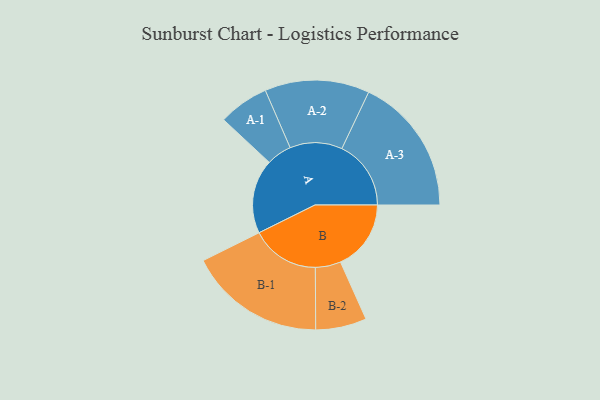
{"axis": {"x": "Segment", "y": "Value"}, "legend": ["", "A", "B"], "data": [{"x": "A", "y": 318, "type": ""}, {"x": "B", "y": 302, "type": ""}, {"x": "A-1", "y": 108, "type": "A"}, {"x": "A-2", "y": 224, "type": "A"}, {"x": "A-3", "y": 296, "type": "A"}, {"x": "B-1", "y": 293, "type": "B"}, {"x": "B-2", "y": 109, "type": "B"}]}